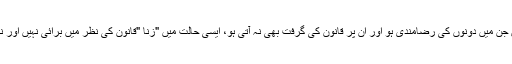
برخلاف اس کے دیگروہ حالتیں جن میں دونوں کی رضامندی ہو اور ان پر قانون کی گرفت بھی نہ آتی ہو، ایسی حالت میں "زنا "قانون کی نظر میں برائی نہیں اور نہ ہی اس پر سزا دی جائے گی۔